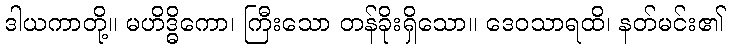
ဒါယကာတို့။ မဟိဒ္ဓိကော၊ ကြီးသော တန်ခိုးရှိသော။ ဒေဝသာရထိ၊ နတ်မင်း၏